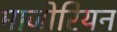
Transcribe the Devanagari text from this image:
माजोरियन